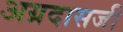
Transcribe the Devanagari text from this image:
अग्रदासजी